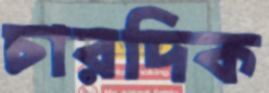
চারদিক